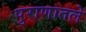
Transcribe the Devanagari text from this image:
पुराणातले